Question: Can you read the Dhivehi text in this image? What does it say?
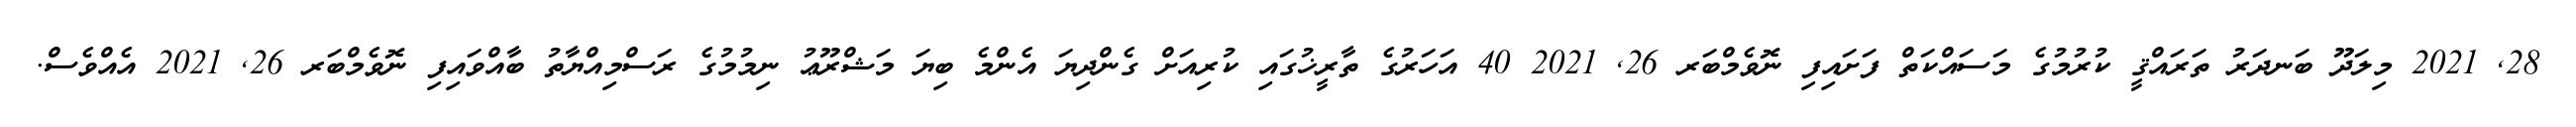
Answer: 28, 2021 މިލަދޫ ބަނދަރު ތަރައްޤީ ކުރުމުގެ މަސައްކަތް ފަށައިފި ނޮވެމްބަރ 26, 2021 40 އަހަރުގެ ތާރީޚުގައި ކުރިއަށް ގެންދިޔަ އެންމެ ބިޔަ މަޝްރޫޢު ނިމުމުގެ ރަސްމިއްޔާތު ބާއްވައިފި ނޮވެމްބަރ 26, 2021 އެއްވެސް.